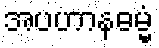
အပဟာနဓမ္မံ